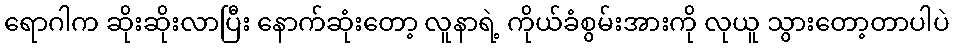
ရောဂါက ဆိုးဆိုးလာပြီး နောက်ဆုံးတော့ လူနာရဲ့ ကိုယ်ခံစွမ်းအားကို လုယူ သွားတော့တာပါပဲ